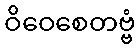
ဝိဝေစေတဗ္ဗံ